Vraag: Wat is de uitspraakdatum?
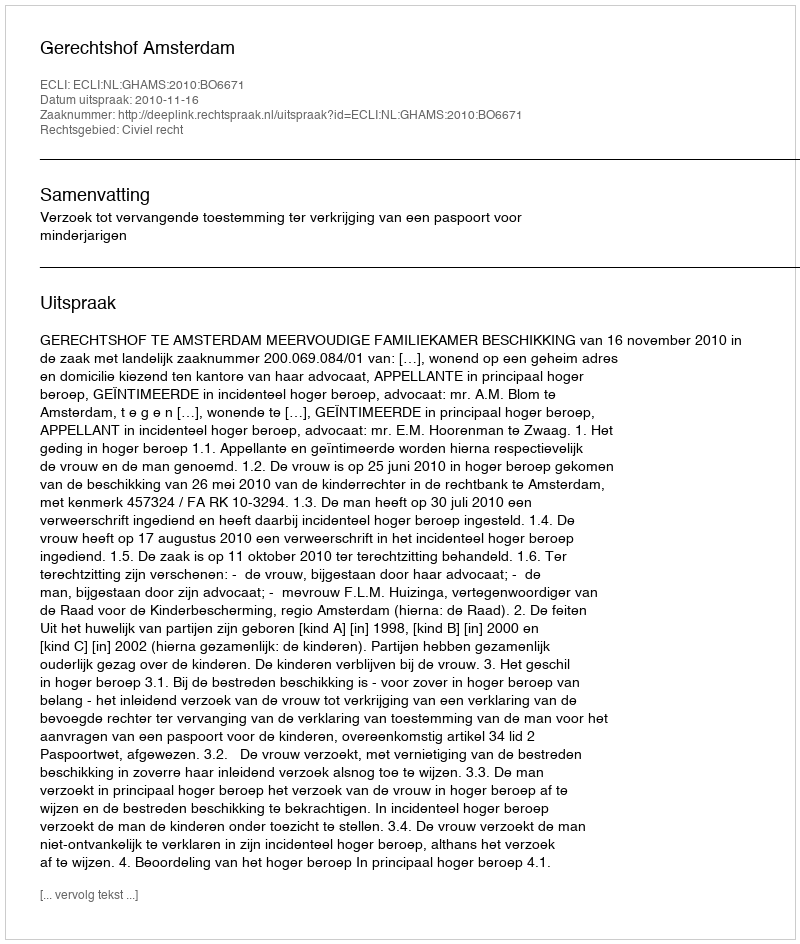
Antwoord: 2010-11-16